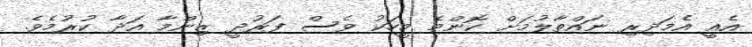
އެއީ އެމަދިރި ނައްތާލުމަށް ކޮންމެ މީހަކު ވެސް ފަރުދީ ޒިންމާ އަދާ ކުރުމެވެ.